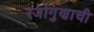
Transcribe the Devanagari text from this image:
रजोगुणाची